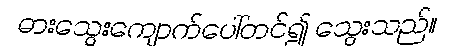
ဓားသွေးကျောက်ပေါ်တင်၍ သွေးသည်။